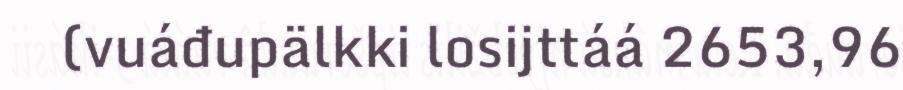
(vuáđupälkki losijttáá 2653,96